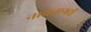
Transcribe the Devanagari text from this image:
नाथनागरी